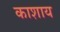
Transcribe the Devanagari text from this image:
काशाय